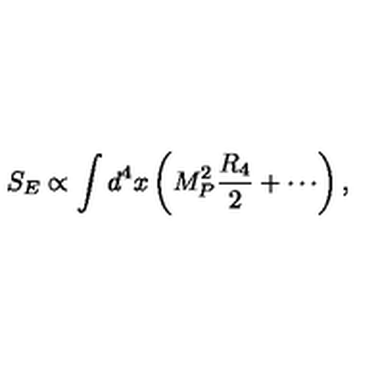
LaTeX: S _ { E } \propto \int d ^ { 4 } x \left( M _ { P } ^ { 2 } \frac { R _ { 4 } } { 2 } + \cdots \right) ,